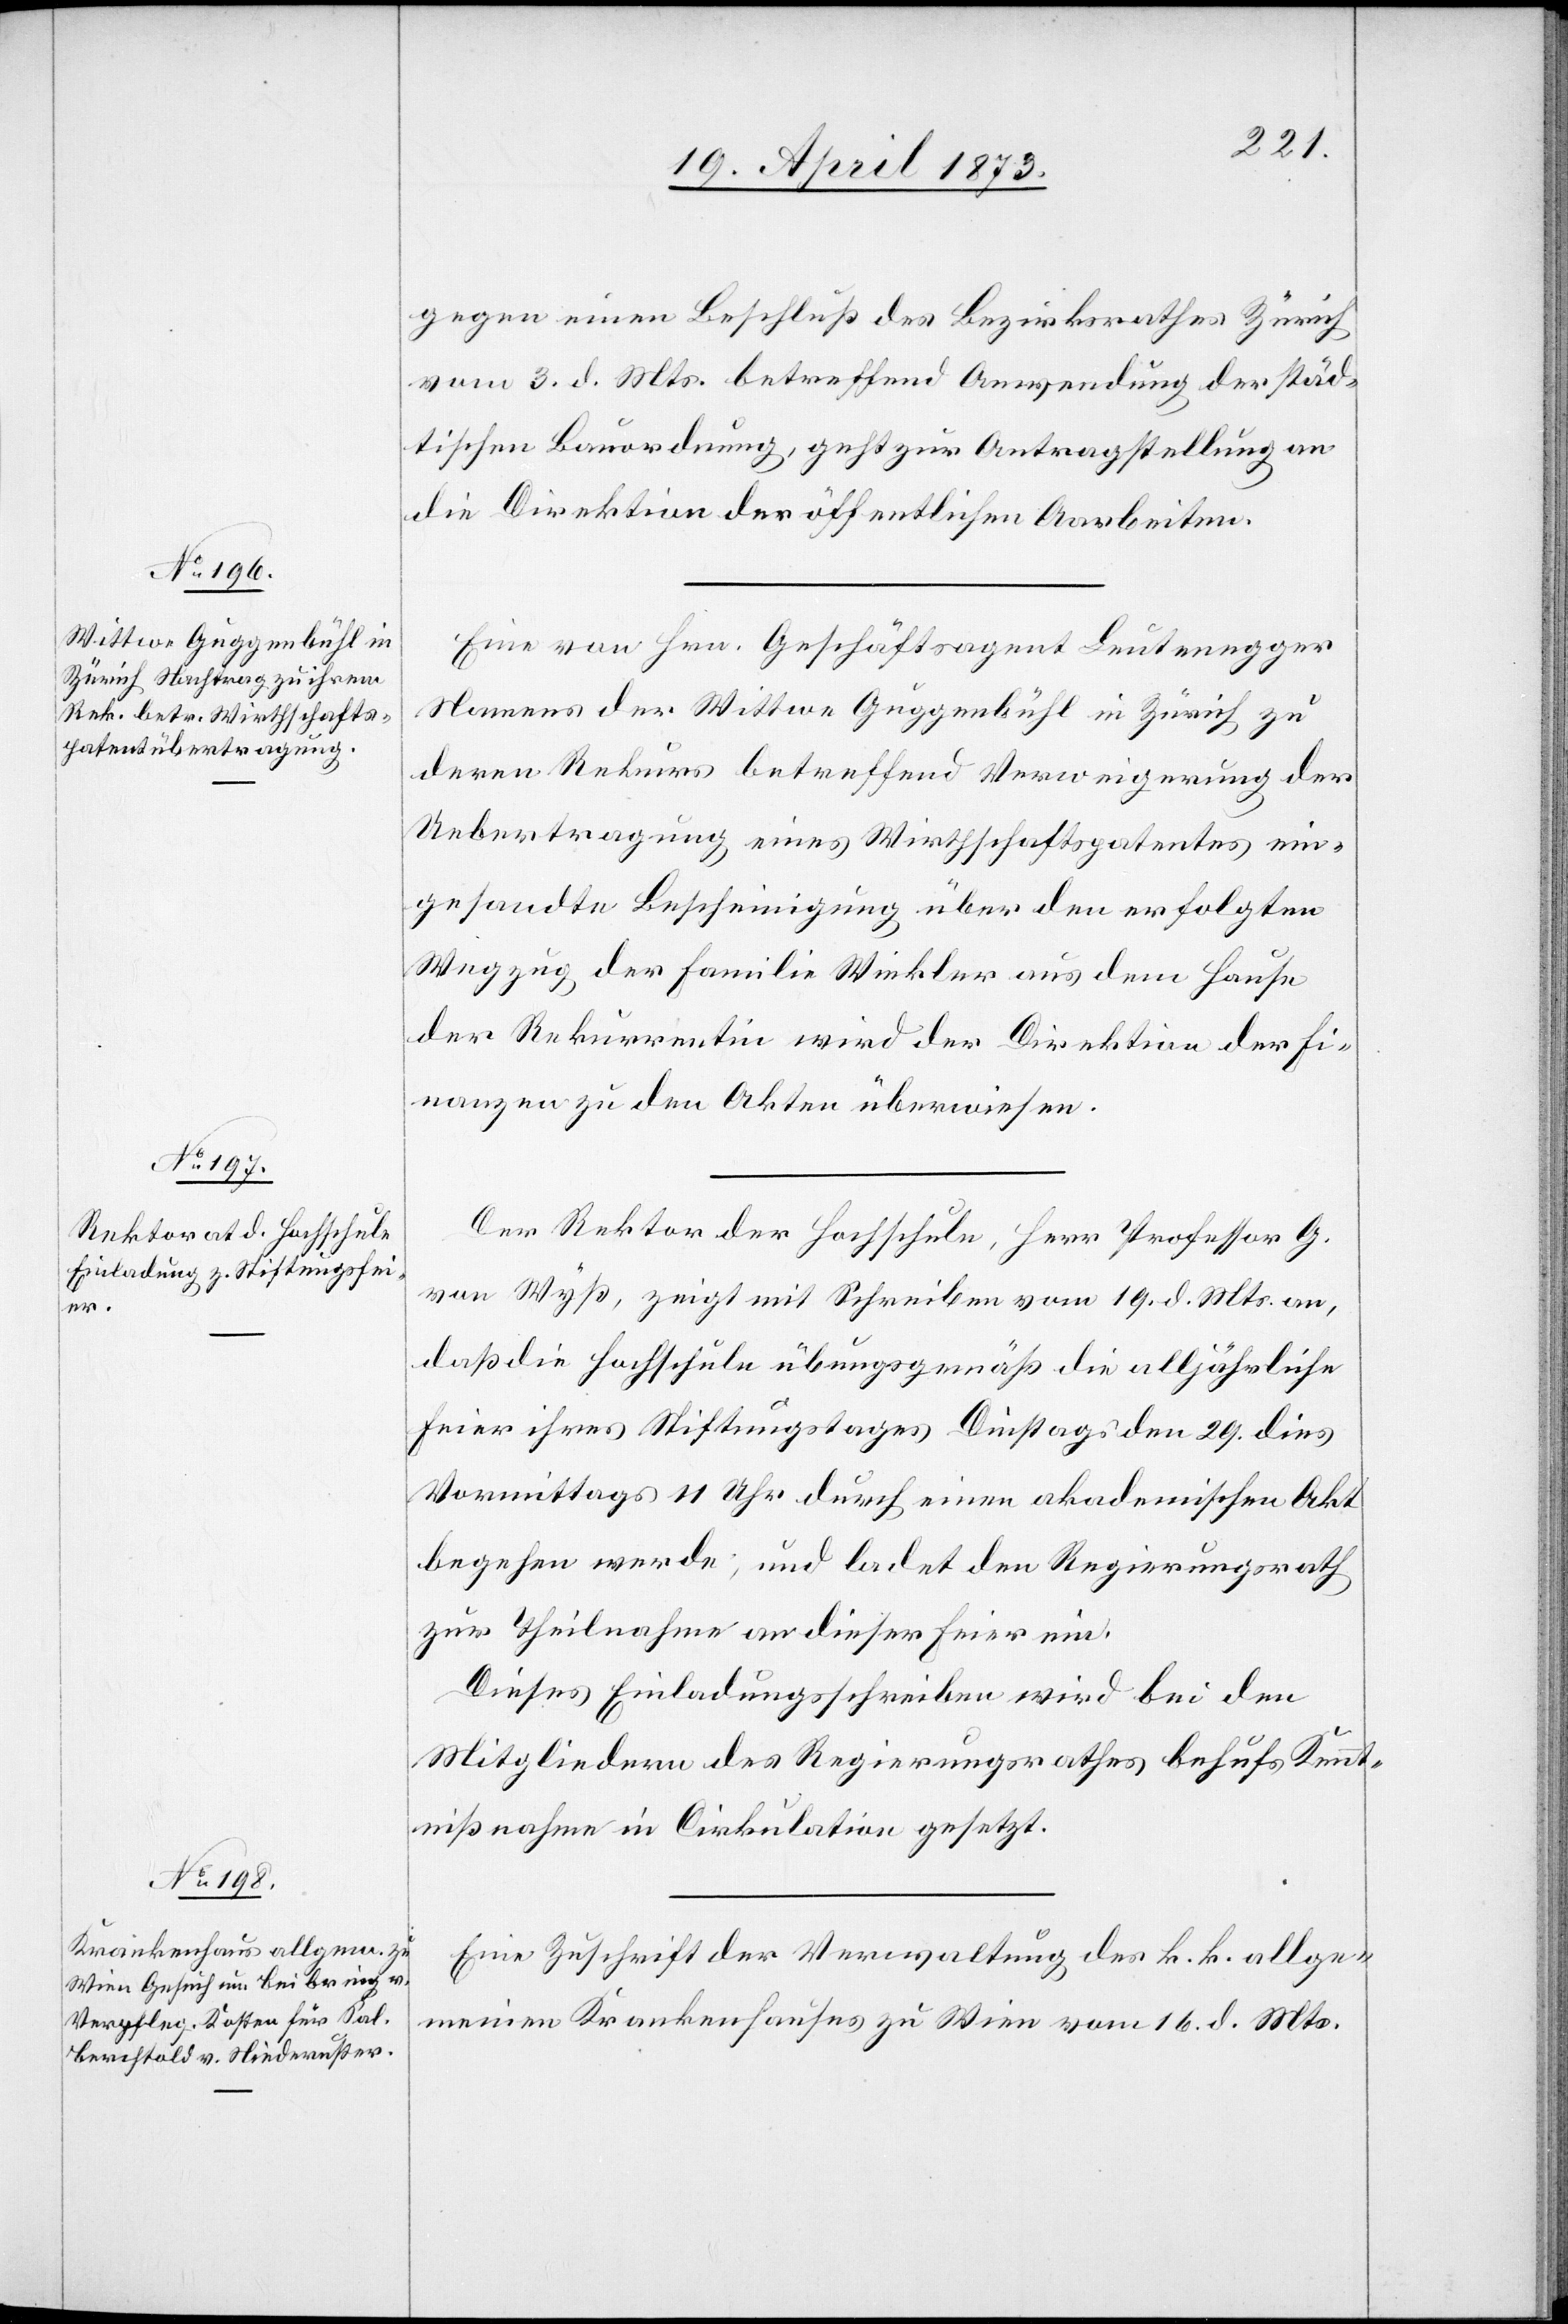
22. April 1873]
gegen einen Beschluß des Bezirksrathes Zürich
vom 3. d. Mts. betreffend Anwendung der städ¬
tischen Bauordnung, geht zur Antragstellung an
die Direktion der öffentlichen Arbeiten.
Eine von Hrn. Geschäftsagent Leutenegger
Namens der Wittwe Guggenbühl in Zürich zu
deren Rekurs betreffend Verweigerung der
Uebertragung eines Wirthschaftspatentes ein¬
gesandte Bescheinigung über den erfolgten
Wegzug der Familie Winkler aus dem Hause
der Rekurrentin wird der Direktion der Fi¬
nanzen zu den Akten überwiesen.
Der Rektor der Hochschule, Herr Professor G.
von Wyß, zeigt mit Schreiben vom 19. d. Mts. an,
daß die Hochschule übungsgemäß die alljährliche
Feier ihres Stiftungstages Dienstags den 20. dies
Vormittags 11 Uhr durch einen akademischen Akt
begehen werde; und ladet den Regierungsrath
zur Theilnahme an dieser Feier ein.
Dieses Einladungsschreiben wird bei den
Mitgliedern des Regierungsrathes behufs Kennt¬
nißnahme in Cirkulation gesetzt.
Eine Zuschrift der Verwaltung des k. k. allge¬
meinen Krankenhauses zu Wien vom 16. d. Mts.